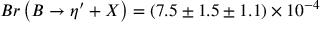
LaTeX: B r \left( B \rightarrow \eta ^ { \prime } + X \right) = ( 7 . 5 \pm 1 . 5 \pm 1 . 1 ) \times 1 0 ^ { - 4 }